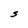
Character: S